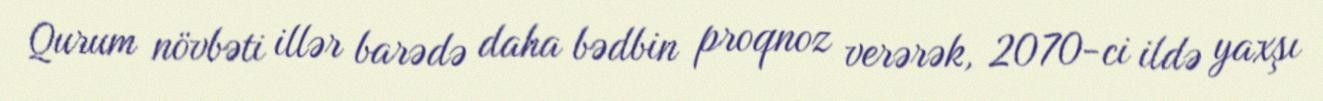
Qurum növbəti illər barədə daha bədbin proqnoz verərək, 2070-ci ildə yaxşı